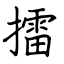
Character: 擂